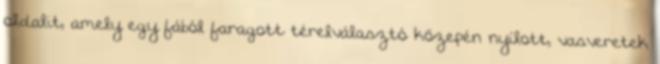
oldalit, amely egy fából faragott térelválasztó közepén nyílott, vasveretek